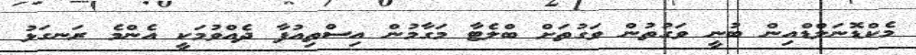
މެކްޑޮނަލްޑްއިން ބުނީ ވަގުތުން ވަގުތަށް ބްލެޓާ މަގާމުން އިސްތިއުފާ ދެއްވުމަކީ އެންމެ ރަނގަޅު